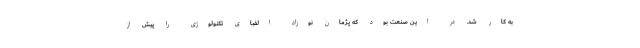
به کار شد. در این صنعت بود که پژمان نوزاد الفبای تکنولوژی را پیش از